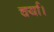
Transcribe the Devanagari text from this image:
चर्या।